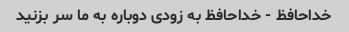
خداحافظ - خداحافظ به زودی دوباره به ما سر بزنید